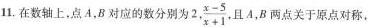
11.在数轴上，点A，B对应的数分别为 2 , \frac {x -5}{x+1}, 且A，B两点关于原点对称，